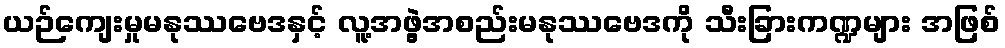
ယဉ်ကျေးမှုမနုဿဗေဒနှင့် လူ့အဖွဲ့အစည်းမနုဿဗေဒကို သီးခြားကဏ္ဍများ အဖြစ်